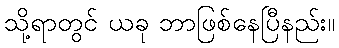
သို့ရာတွင် ယခု ဘာဖြစ်နေပြီနည်း။